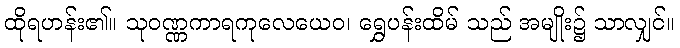
ထိုရဟန်း၏။ သုဝဏ္ဏကာရကုလေယေဝ၊ ရွှေပန်းထိမ် သည် အမျိုး၌ သာလျှင်။